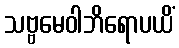
သဗ္ဗမေဝါဘိရောပယိံ